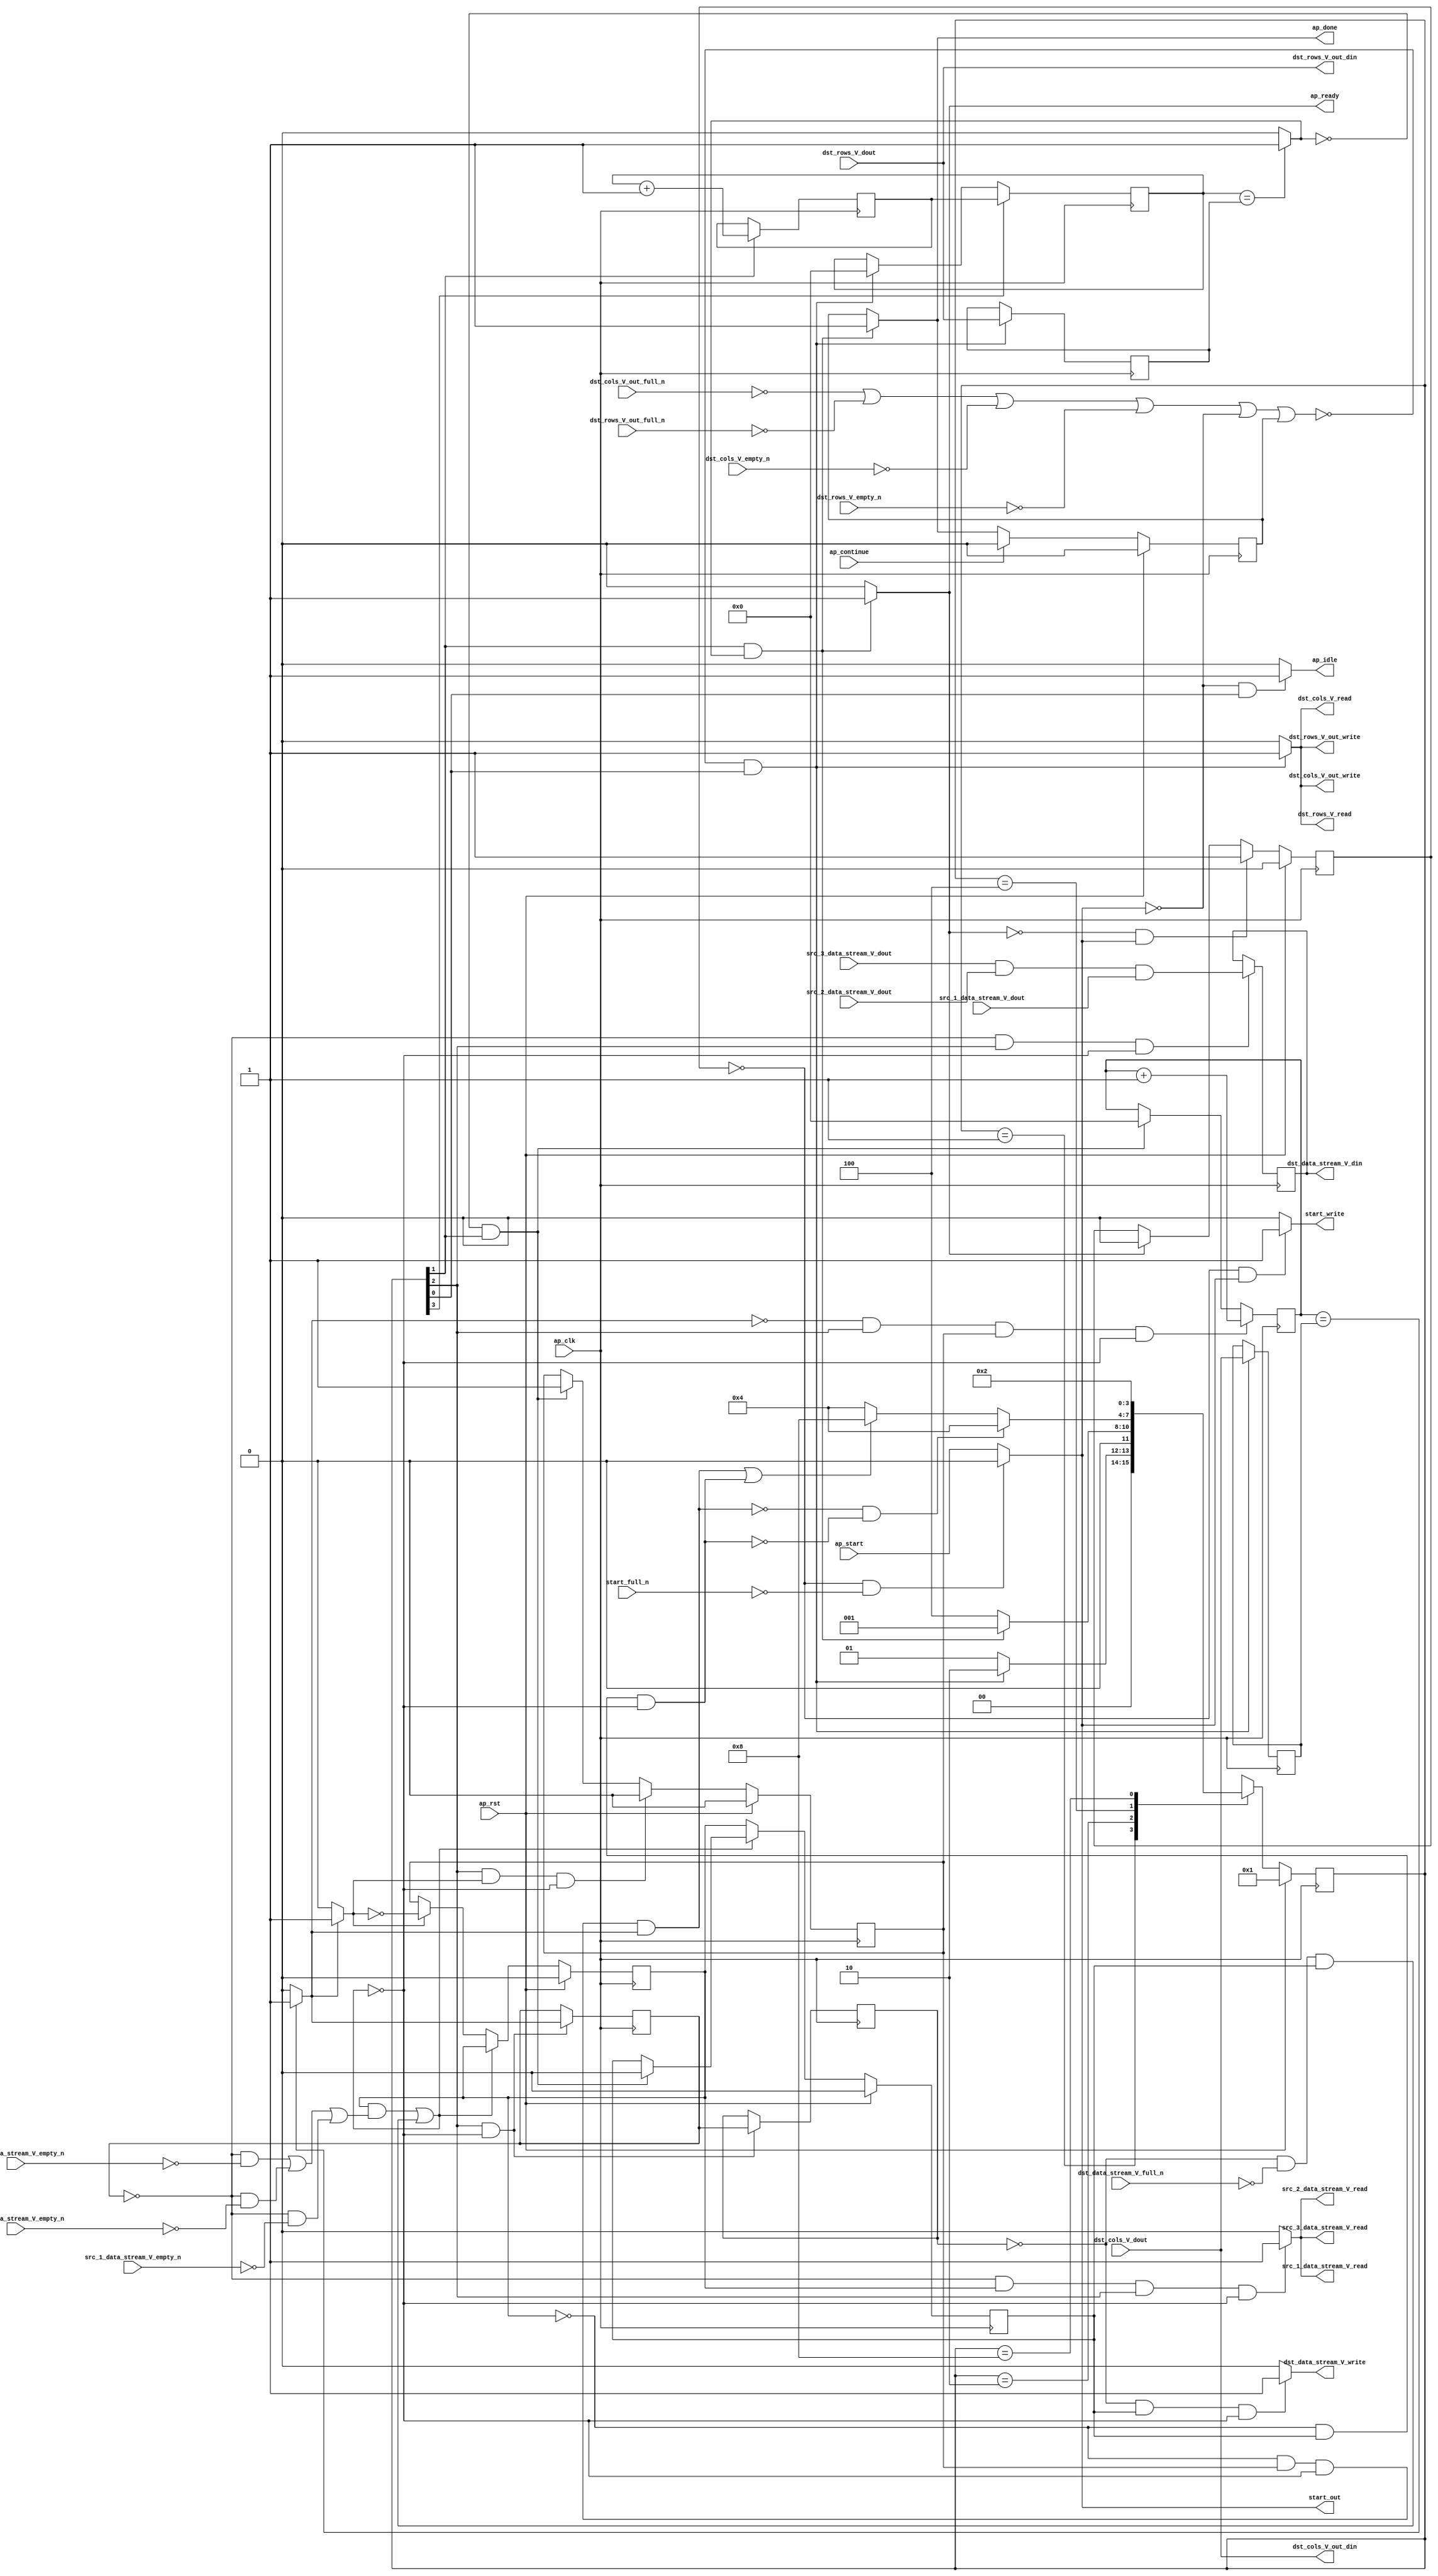
// ==============================================================
// RTL generated by Vivado(TM) HLS - High-Level Synthesis from C, C++ and SystemC
// Version: 2018.2
// Copyright (C) 1986-2018 Xilinx, Inc. All Rights Reserved.
// 
// ===========================================================

`timescale 1 ns / 1 ps 

module And_3 (
        ap_clk,
        ap_rst,
        ap_start,
        start_full_n,
        ap_done,
        ap_continue,
        ap_idle,
        ap_ready,
        start_out,
        start_write,
        src_1_data_stream_V_dout,
        src_1_data_stream_V_empty_n,
        src_1_data_stream_V_read,
        src_2_data_stream_V_dout,
        src_2_data_stream_V_empty_n,
        src_2_data_stream_V_read,
        src_3_data_stream_V_dout,
        src_3_data_stream_V_empty_n,
        src_3_data_stream_V_read,
        dst_rows_V_dout,
        dst_rows_V_empty_n,
        dst_rows_V_read,
        dst_cols_V_dout,
        dst_cols_V_empty_n,
        dst_cols_V_read,
        dst_data_stream_V_din,
        dst_data_stream_V_full_n,
        dst_data_stream_V_write,
        dst_rows_V_out_din,
        dst_rows_V_out_full_n,
        dst_rows_V_out_write,
        dst_cols_V_out_din,
        dst_cols_V_out_full_n,
        dst_cols_V_out_write
);

parameter    ap_ST_fsm_state1 = 4'd1;
parameter    ap_ST_fsm_state2 = 4'd2;
parameter    ap_ST_fsm_pp0_stage0 = 4'd4;
parameter    ap_ST_fsm_state6 = 4'd8;

input   ap_clk;
input   ap_rst;
input   ap_start;
input   start_full_n;
output   ap_done;
input   ap_continue;
output   ap_idle;
output   ap_ready;
output   start_out;
output   start_write;
input  [7:0] src_1_data_stream_V_dout;
input   src_1_data_stream_V_empty_n;
output   src_1_data_stream_V_read;
input  [7:0] src_2_data_stream_V_dout;
input   src_2_data_stream_V_empty_n;
output   src_2_data_stream_V_read;
input  [7:0] src_3_data_stream_V_dout;
input   src_3_data_stream_V_empty_n;
output   src_3_data_stream_V_read;
input  [15:0] dst_rows_V_dout;
input   dst_rows_V_empty_n;
output   dst_rows_V_read;
input  [15:0] dst_cols_V_dout;
input   dst_cols_V_empty_n;
output   dst_cols_V_read;
output  [7:0] dst_data_stream_V_din;
input   dst_data_stream_V_full_n;
output   dst_data_stream_V_write;
output  [15:0] dst_rows_V_out_din;
input   dst_rows_V_out_full_n;
output   dst_rows_V_out_write;
output  [15:0] dst_cols_V_out_din;
input   dst_cols_V_out_full_n;
output   dst_cols_V_out_write;

reg ap_done;
reg ap_idle;
reg start_write;
reg src_1_data_stream_V_read;
reg src_2_data_stream_V_read;
reg src_3_data_stream_V_read;
reg dst_rows_V_read;
reg dst_cols_V_read;
reg dst_data_stream_V_write;
reg dst_rows_V_out_write;
reg dst_cols_V_out_write;

reg    real_start;
reg    start_once_reg;
reg    ap_done_reg;
(* fsm_encoding = "none" *) reg   [3:0] ap_CS_fsm;
wire    ap_CS_fsm_state1;
reg    internal_ap_ready;
reg    src_1_data_stream_V_blk_n;
wire    ap_CS_fsm_pp0_stage0;
reg    ap_enable_reg_pp0_iter1;
wire    ap_block_pp0_stage0;
reg   [0:0] exitcond_i_reg_284;
reg    src_2_data_stream_V_blk_n;
reg    src_3_data_stream_V_blk_n;
reg    dst_rows_V_blk_n;
reg    dst_cols_V_blk_n;
reg    dst_data_stream_V_blk_n;
reg    ap_enable_reg_pp0_iter2;
reg   [0:0] exitcond_i_reg_284_pp0_iter1_reg;
reg    dst_rows_V_out_blk_n;
reg    dst_cols_V_out_blk_n;
reg   [15:0] t_V_10_reg_220;
reg   [15:0] dst_rows_V_read_reg_265;
reg    ap_block_state1;
reg   [15:0] dst_cols_V_read_reg_270;
wire   [0:0] exitcond8_i_fu_231_p2;
wire    ap_CS_fsm_state2;
wire   [15:0] i_V_fu_236_p2;
reg   [15:0] i_V_reg_279;
wire   [0:0] exitcond_i_fu_242_p2;
wire    ap_block_state3_pp0_stage0_iter0;
reg    ap_block_state4_pp0_stage0_iter1;
reg    ap_block_state5_pp0_stage0_iter2;
reg    ap_block_pp0_stage0_11001;
wire   [15:0] j_V_fu_247_p2;
reg    ap_enable_reg_pp0_iter0;
wire   [7:0] tmp_106_fu_259_p2;
reg   [7:0] tmp_106_reg_293;
reg    ap_block_pp0_stage0_subdone;
reg    ap_condition_pp0_exit_iter0_state3;
reg   [15:0] t_V_reg_209;
wire    ap_CS_fsm_state6;
reg    ap_block_pp0_stage0_01001;
wire   [7:0] tmp1_fu_253_p2;
reg   [3:0] ap_NS_fsm;
reg    ap_idle_pp0;
wire    ap_enable_pp0;

// power-on initialization
initial begin
#0 start_once_reg = 1'b0;
#0 ap_done_reg = 1'b0;
#0 ap_CS_fsm = 4'd1;
#0 ap_enable_reg_pp0_iter1 = 1'b0;
#0 ap_enable_reg_pp0_iter2 = 1'b0;
#0 ap_enable_reg_pp0_iter0 = 1'b0;
end

always @ (posedge ap_clk) begin
    if (ap_rst == 1'b1) begin
        ap_CS_fsm <= ap_ST_fsm_state1;
    end else begin
        ap_CS_fsm <= ap_NS_fsm;
    end
end

always @ (posedge ap_clk) begin
    if (ap_rst == 1'b1) begin
        ap_done_reg <= 1'b0;
    end else begin
        if ((ap_continue == 1'b1)) begin
            ap_done_reg <= 1'b0;
        end else if (((1'b1 == ap_CS_fsm_state2) & (exitcond8_i_fu_231_p2 == 1'd1))) begin
            ap_done_reg <= 1'b1;
        end
    end
end

always @ (posedge ap_clk) begin
    if (ap_rst == 1'b1) begin
        ap_enable_reg_pp0_iter0 <= 1'b0;
    end else begin
        if (((1'b1 == ap_CS_fsm_pp0_stage0) & (1'b1 == ap_condition_pp0_exit_iter0_state3) & (1'b0 == ap_block_pp0_stage0_subdone))) begin
            ap_enable_reg_pp0_iter0 <= 1'b0;
        end else if (((exitcond8_i_fu_231_p2 == 1'd0) & (1'b1 == ap_CS_fsm_state2))) begin
            ap_enable_reg_pp0_iter0 <= 1'b1;
        end
    end
end

always @ (posedge ap_clk) begin
    if (ap_rst == 1'b1) begin
        ap_enable_reg_pp0_iter1 <= 1'b0;
    end else begin
        if ((1'b0 == ap_block_pp0_stage0_subdone)) begin
            if ((1'b1 == ap_condition_pp0_exit_iter0_state3)) begin
                ap_enable_reg_pp0_iter1 <= (1'b1 ^ ap_condition_pp0_exit_iter0_state3);
            end else if ((1'b1 == 1'b1)) begin
                ap_enable_reg_pp0_iter1 <= ap_enable_reg_pp0_iter0;
            end
        end
    end
end

always @ (posedge ap_clk) begin
    if (ap_rst == 1'b1) begin
        ap_enable_reg_pp0_iter2 <= 1'b0;
    end else begin
        if ((1'b0 == ap_block_pp0_stage0_subdone)) begin
            ap_enable_reg_pp0_iter2 <= ap_enable_reg_pp0_iter1;
        end else if (((exitcond8_i_fu_231_p2 == 1'd0) & (1'b1 == ap_CS_fsm_state2))) begin
            ap_enable_reg_pp0_iter2 <= 1'b0;
        end
    end
end

always @ (posedge ap_clk) begin
    if (ap_rst == 1'b1) begin
        start_once_reg <= 1'b0;
    end else begin
        if (((internal_ap_ready == 1'b0) & (real_start == 1'b1))) begin
            start_once_reg <= 1'b1;
        end else if ((internal_ap_ready == 1'b1)) begin
            start_once_reg <= 1'b0;
        end
    end
end

always @ (posedge ap_clk) begin
    if (((exitcond_i_fu_242_p2 == 1'd0) & (1'b1 == ap_CS_fsm_pp0_stage0) & (ap_enable_reg_pp0_iter0 == 1'b1) & (1'b0 == ap_block_pp0_stage0_11001))) begin
        t_V_10_reg_220 <= j_V_fu_247_p2;
    end else if (((exitcond8_i_fu_231_p2 == 1'd0) & (1'b1 == ap_CS_fsm_state2))) begin
        t_V_10_reg_220 <= 16'd0;
    end
end

always @ (posedge ap_clk) begin
    if ((1'b1 == ap_CS_fsm_state6)) begin
        t_V_reg_209 <= i_V_reg_279;
    end else if ((~((dst_cols_V_out_full_n == 1'b0) | (dst_rows_V_out_full_n == 1'b0) | (dst_cols_V_empty_n == 1'b0) | (dst_rows_V_empty_n == 1'b0) | (real_start == 1'b0) | (ap_done_reg == 1'b1)) & (1'b1 == ap_CS_fsm_state1))) begin
        t_V_reg_209 <= 16'd0;
    end
end

always @ (posedge ap_clk) begin
    if ((~((dst_cols_V_out_full_n == 1'b0) | (dst_rows_V_out_full_n == 1'b0) | (dst_cols_V_empty_n == 1'b0) | (dst_rows_V_empty_n == 1'b0) | (real_start == 1'b0) | (ap_done_reg == 1'b1)) & (1'b1 == ap_CS_fsm_state1))) begin
        dst_cols_V_read_reg_270 <= dst_cols_V_dout;
        dst_rows_V_read_reg_265 <= dst_rows_V_dout;
    end
end

always @ (posedge ap_clk) begin
    if (((1'b1 == ap_CS_fsm_pp0_stage0) & (1'b0 == ap_block_pp0_stage0_11001))) begin
        exitcond_i_reg_284 <= exitcond_i_fu_242_p2;
        exitcond_i_reg_284_pp0_iter1_reg <= exitcond_i_reg_284;
    end
end

always @ (posedge ap_clk) begin
    if ((1'b1 == ap_CS_fsm_state2)) begin
        i_V_reg_279 <= i_V_fu_236_p2;
    end
end

always @ (posedge ap_clk) begin
    if (((exitcond_i_reg_284 == 1'd0) & (1'b1 == ap_CS_fsm_pp0_stage0) & (1'b0 == ap_block_pp0_stage0_11001))) begin
        tmp_106_reg_293 <= tmp_106_fu_259_p2;
    end
end

always @ (*) begin
    if ((exitcond_i_fu_242_p2 == 1'd1)) begin
        ap_condition_pp0_exit_iter0_state3 = 1'b1;
    end else begin
        ap_condition_pp0_exit_iter0_state3 = 1'b0;
    end
end

always @ (*) begin
    if (((1'b1 == ap_CS_fsm_state2) & (exitcond8_i_fu_231_p2 == 1'd1))) begin
        ap_done = 1'b1;
    end else begin
        ap_done = ap_done_reg;
    end
end

always @ (*) begin
    if (((real_start == 1'b0) & (1'b1 == ap_CS_fsm_state1))) begin
        ap_idle = 1'b1;
    end else begin
        ap_idle = 1'b0;
    end
end

always @ (*) begin
    if (((ap_enable_reg_pp0_iter2 == 1'b0) & (ap_enable_reg_pp0_iter1 == 1'b0) & (ap_enable_reg_pp0_iter0 == 1'b0))) begin
        ap_idle_pp0 = 1'b1;
    end else begin
        ap_idle_pp0 = 1'b0;
    end
end

always @ (*) begin
    if ((~((real_start == 1'b0) | (ap_done_reg == 1'b1)) & (1'b1 == ap_CS_fsm_state1))) begin
        dst_cols_V_blk_n = dst_cols_V_empty_n;
    end else begin
        dst_cols_V_blk_n = 1'b1;
    end
end

always @ (*) begin
    if ((~((real_start == 1'b0) | (ap_done_reg == 1'b1)) & (1'b1 == ap_CS_fsm_state1))) begin
        dst_cols_V_out_blk_n = dst_cols_V_out_full_n;
    end else begin
        dst_cols_V_out_blk_n = 1'b1;
    end
end

always @ (*) begin
    if ((~((dst_cols_V_out_full_n == 1'b0) | (dst_rows_V_out_full_n == 1'b0) | (dst_cols_V_empty_n == 1'b0) | (dst_rows_V_empty_n == 1'b0) | (real_start == 1'b0) | (ap_done_reg == 1'b1)) & (1'b1 == ap_CS_fsm_state1))) begin
        dst_cols_V_out_write = 1'b1;
    end else begin
        dst_cols_V_out_write = 1'b0;
    end
end

always @ (*) begin
    if ((~((dst_cols_V_out_full_n == 1'b0) | (dst_rows_V_out_full_n == 1'b0) | (dst_cols_V_empty_n == 1'b0) | (dst_rows_V_empty_n == 1'b0) | (real_start == 1'b0) | (ap_done_reg == 1'b1)) & (1'b1 == ap_CS_fsm_state1))) begin
        dst_cols_V_read = 1'b1;
    end else begin
        dst_cols_V_read = 1'b0;
    end
end

always @ (*) begin
    if (((exitcond_i_reg_284_pp0_iter1_reg == 1'd0) & (1'b0 == ap_block_pp0_stage0) & (ap_enable_reg_pp0_iter2 == 1'b1))) begin
        dst_data_stream_V_blk_n = dst_data_stream_V_full_n;
    end else begin
        dst_data_stream_V_blk_n = 1'b1;
    end
end

always @ (*) begin
    if (((exitcond_i_reg_284_pp0_iter1_reg == 1'd0) & (ap_enable_reg_pp0_iter2 == 1'b1) & (1'b0 == ap_block_pp0_stage0_11001))) begin
        dst_data_stream_V_write = 1'b1;
    end else begin
        dst_data_stream_V_write = 1'b0;
    end
end

always @ (*) begin
    if ((~((real_start == 1'b0) | (ap_done_reg == 1'b1)) & (1'b1 == ap_CS_fsm_state1))) begin
        dst_rows_V_blk_n = dst_rows_V_empty_n;
    end else begin
        dst_rows_V_blk_n = 1'b1;
    end
end

always @ (*) begin
    if ((~((real_start == 1'b0) | (ap_done_reg == 1'b1)) & (1'b1 == ap_CS_fsm_state1))) begin
        dst_rows_V_out_blk_n = dst_rows_V_out_full_n;
    end else begin
        dst_rows_V_out_blk_n = 1'b1;
    end
end

always @ (*) begin
    if ((~((dst_cols_V_out_full_n == 1'b0) | (dst_rows_V_out_full_n == 1'b0) | (dst_cols_V_empty_n == 1'b0) | (dst_rows_V_empty_n == 1'b0) | (real_start == 1'b0) | (ap_done_reg == 1'b1)) & (1'b1 == ap_CS_fsm_state1))) begin
        dst_rows_V_out_write = 1'b1;
    end else begin
        dst_rows_V_out_write = 1'b0;
    end
end

always @ (*) begin
    if ((~((dst_cols_V_out_full_n == 1'b0) | (dst_rows_V_out_full_n == 1'b0) | (dst_cols_V_empty_n == 1'b0) | (dst_rows_V_empty_n == 1'b0) | (real_start == 1'b0) | (ap_done_reg == 1'b1)) & (1'b1 == ap_CS_fsm_state1))) begin
        dst_rows_V_read = 1'b1;
    end else begin
        dst_rows_V_read = 1'b0;
    end
end

always @ (*) begin
    if (((1'b1 == ap_CS_fsm_state2) & (exitcond8_i_fu_231_p2 == 1'd1))) begin
        internal_ap_ready = 1'b1;
    end else begin
        internal_ap_ready = 1'b0;
    end
end

always @ (*) begin
    if (((start_once_reg == 1'b0) & (start_full_n == 1'b0))) begin
        real_start = 1'b0;
    end else begin
        real_start = ap_start;
    end
end

always @ (*) begin
    if (((exitcond_i_reg_284 == 1'd0) & (1'b0 == ap_block_pp0_stage0) & (ap_enable_reg_pp0_iter1 == 1'b1) & (1'b1 == ap_CS_fsm_pp0_stage0))) begin
        src_1_data_stream_V_blk_n = src_1_data_stream_V_empty_n;
    end else begin
        src_1_data_stream_V_blk_n = 1'b1;
    end
end

always @ (*) begin
    if (((exitcond_i_reg_284 == 1'd0) & (ap_enable_reg_pp0_iter1 == 1'b1) & (1'b1 == ap_CS_fsm_pp0_stage0) & (1'b0 == ap_block_pp0_stage0_11001))) begin
        src_1_data_stream_V_read = 1'b1;
    end else begin
        src_1_data_stream_V_read = 1'b0;
    end
end

always @ (*) begin
    if (((exitcond_i_reg_284 == 1'd0) & (1'b0 == ap_block_pp0_stage0) & (ap_enable_reg_pp0_iter1 == 1'b1) & (1'b1 == ap_CS_fsm_pp0_stage0))) begin
        src_2_data_stream_V_blk_n = src_2_data_stream_V_empty_n;
    end else begin
        src_2_data_stream_V_blk_n = 1'b1;
    end
end

always @ (*) begin
    if (((exitcond_i_reg_284 == 1'd0) & (ap_enable_reg_pp0_iter1 == 1'b1) & (1'b1 == ap_CS_fsm_pp0_stage0) & (1'b0 == ap_block_pp0_stage0_11001))) begin
        src_2_data_stream_V_read = 1'b1;
    end else begin
        src_2_data_stream_V_read = 1'b0;
    end
end

always @ (*) begin
    if (((exitcond_i_reg_284 == 1'd0) & (1'b0 == ap_block_pp0_stage0) & (ap_enable_reg_pp0_iter1 == 1'b1) & (1'b1 == ap_CS_fsm_pp0_stage0))) begin
        src_3_data_stream_V_blk_n = src_3_data_stream_V_empty_n;
    end else begin
        src_3_data_stream_V_blk_n = 1'b1;
    end
end

always @ (*) begin
    if (((exitcond_i_reg_284 == 1'd0) & (ap_enable_reg_pp0_iter1 == 1'b1) & (1'b1 == ap_CS_fsm_pp0_stage0) & (1'b0 == ap_block_pp0_stage0_11001))) begin
        src_3_data_stream_V_read = 1'b1;
    end else begin
        src_3_data_stream_V_read = 1'b0;
    end
end

always @ (*) begin
    if (((start_once_reg == 1'b0) & (real_start == 1'b1))) begin
        start_write = 1'b1;
    end else begin
        start_write = 1'b0;
    end
end

always @ (*) begin
    case (ap_CS_fsm)
        ap_ST_fsm_state1 : begin
            if ((~((dst_cols_V_out_full_n == 1'b0) | (dst_rows_V_out_full_n == 1'b0) | (dst_cols_V_empty_n == 1'b0) | (dst_rows_V_empty_n == 1'b0) | (real_start == 1'b0) | (ap_done_reg == 1'b1)) & (1'b1 == ap_CS_fsm_state1))) begin
                ap_NS_fsm = ap_ST_fsm_state2;
            end else begin
                ap_NS_fsm = ap_ST_fsm_state1;
            end
        end
        ap_ST_fsm_state2 : begin
            if (((1'b1 == ap_CS_fsm_state2) & (exitcond8_i_fu_231_p2 == 1'd1))) begin
                ap_NS_fsm = ap_ST_fsm_state1;
            end else begin
                ap_NS_fsm = ap_ST_fsm_pp0_stage0;
            end
        end
        ap_ST_fsm_pp0_stage0 : begin
            if ((~((ap_enable_reg_pp0_iter1 == 1'b0) & (ap_enable_reg_pp0_iter0 == 1'b1) & (1'b0 == ap_block_pp0_stage0_subdone) & (exitcond_i_fu_242_p2 == 1'd1)) & ~((ap_enable_reg_pp0_iter1 == 1'b0) & (ap_enable_reg_pp0_iter2 == 1'b1) & (1'b0 == ap_block_pp0_stage0_subdone)))) begin
                ap_NS_fsm = ap_ST_fsm_pp0_stage0;
            end else if ((((ap_enable_reg_pp0_iter1 == 1'b0) & (ap_enable_reg_pp0_iter0 == 1'b1) & (1'b0 == ap_block_pp0_stage0_subdone) & (exitcond_i_fu_242_p2 == 1'd1)) | ((ap_enable_reg_pp0_iter1 == 1'b0) & (ap_enable_reg_pp0_iter2 == 1'b1) & (1'b0 == ap_block_pp0_stage0_subdone)))) begin
                ap_NS_fsm = ap_ST_fsm_state6;
            end else begin
                ap_NS_fsm = ap_ST_fsm_pp0_stage0;
            end
        end
        ap_ST_fsm_state6 : begin
            ap_NS_fsm = ap_ST_fsm_state2;
        end
        default : begin
            ap_NS_fsm = 'bx;
        end
    endcase
end

assign ap_CS_fsm_pp0_stage0 = ap_CS_fsm[32'd2];

assign ap_CS_fsm_state1 = ap_CS_fsm[32'd0];

assign ap_CS_fsm_state2 = ap_CS_fsm[32'd1];

assign ap_CS_fsm_state6 = ap_CS_fsm[32'd3];

assign ap_block_pp0_stage0 = ~(1'b1 == 1'b1);

always @ (*) begin
    ap_block_pp0_stage0_01001 = (((ap_enable_reg_pp0_iter1 == 1'b1) & (((exitcond_i_reg_284 == 1'd0) & (src_3_data_stream_V_empty_n == 1'b0)) | ((exitcond_i_reg_284 == 1'd0) & (src_2_data_stream_V_empty_n == 1'b0)) | ((exitcond_i_reg_284 == 1'd0) & (src_1_data_stream_V_empty_n == 1'b0)))) | ((exitcond_i_reg_284_pp0_iter1_reg == 1'd0) & (dst_data_stream_V_full_n == 1'b0) & (ap_enable_reg_pp0_iter2 == 1'b1)));
end

always @ (*) begin
    ap_block_pp0_stage0_11001 = (((ap_enable_reg_pp0_iter1 == 1'b1) & (((exitcond_i_reg_284 == 1'd0) & (src_3_data_stream_V_empty_n == 1'b0)) | ((exitcond_i_reg_284 == 1'd0) & (src_2_data_stream_V_empty_n == 1'b0)) | ((exitcond_i_reg_284 == 1'd0) & (src_1_data_stream_V_empty_n == 1'b0)))) | ((exitcond_i_reg_284_pp0_iter1_reg == 1'd0) & (dst_data_stream_V_full_n == 1'b0) & (ap_enable_reg_pp0_iter2 == 1'b1)));
end

always @ (*) begin
    ap_block_pp0_stage0_subdone = (((ap_enable_reg_pp0_iter1 == 1'b1) & (((exitcond_i_reg_284 == 1'd0) & (src_3_data_stream_V_empty_n == 1'b0)) | ((exitcond_i_reg_284 == 1'd0) & (src_2_data_stream_V_empty_n == 1'b0)) | ((exitcond_i_reg_284 == 1'd0) & (src_1_data_stream_V_empty_n == 1'b0)))) | ((exitcond_i_reg_284_pp0_iter1_reg == 1'd0) & (dst_data_stream_V_full_n == 1'b0) & (ap_enable_reg_pp0_iter2 == 1'b1)));
end

always @ (*) begin
    ap_block_state1 = ((dst_cols_V_out_full_n == 1'b0) | (dst_rows_V_out_full_n == 1'b0) | (dst_cols_V_empty_n == 1'b0) | (dst_rows_V_empty_n == 1'b0) | (real_start == 1'b0) | (ap_done_reg == 1'b1));
end

assign ap_block_state3_pp0_stage0_iter0 = ~(1'b1 == 1'b1);

always @ (*) begin
    ap_block_state4_pp0_stage0_iter1 = (((exitcond_i_reg_284 == 1'd0) & (src_3_data_stream_V_empty_n == 1'b0)) | ((exitcond_i_reg_284 == 1'd0) & (src_2_data_stream_V_empty_n == 1'b0)) | ((exitcond_i_reg_284 == 1'd0) & (src_1_data_stream_V_empty_n == 1'b0)));
end

always @ (*) begin
    ap_block_state5_pp0_stage0_iter2 = ((exitcond_i_reg_284_pp0_iter1_reg == 1'd0) & (dst_data_stream_V_full_n == 1'b0));
end

assign ap_enable_pp0 = (ap_idle_pp0 ^ 1'b1);

assign ap_ready = internal_ap_ready;

assign dst_cols_V_out_din = dst_cols_V_dout;

assign dst_data_stream_V_din = tmp_106_reg_293;

assign dst_rows_V_out_din = dst_rows_V_dout;

assign exitcond8_i_fu_231_p2 = ((t_V_reg_209 == dst_rows_V_read_reg_265) ? 1'b1 : 1'b0);

assign exitcond_i_fu_242_p2 = ((t_V_10_reg_220 == dst_cols_V_read_reg_270) ? 1'b1 : 1'b0);

assign i_V_fu_236_p2 = (t_V_reg_209 + 16'd1);

assign j_V_fu_247_p2 = (t_V_10_reg_220 + 16'd1);

assign start_out = real_start;

assign tmp1_fu_253_p2 = (src_3_data_stream_V_dout & src_2_data_stream_V_dout);

assign tmp_106_fu_259_p2 = (tmp1_fu_253_p2 & src_1_data_stream_V_dout);

endmodule //And_3